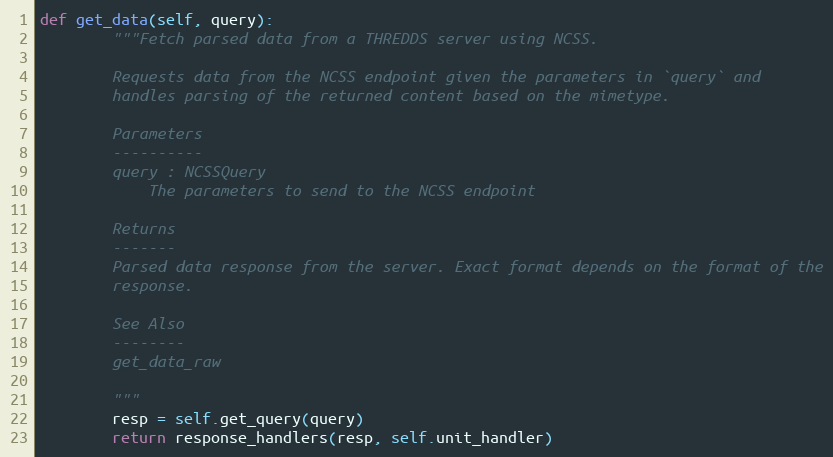
Language: Python
def get_data(self, query):
        """Fetch parsed data from a THREDDS server using NCSS.

        Requests data from the NCSS endpoint given the parameters in `query` and
        handles parsing of the returned content based on the mimetype.

        Parameters
        ----------
        query : NCSSQuery
            The parameters to send to the NCSS endpoint

        Returns
        -------
        Parsed data response from the server. Exact format depends on the format of the
        response.

        See Also
        --------
        get_data_raw

        """
        resp = self.get_query(query)
        return response_handlers(resp, self.unit_handler)